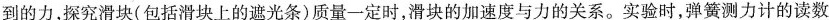
到的力，探究滑块(包括滑块上的遮光条)质量一定时，滑块的加速度与力的关系。实验时，弹簧测力计的读数